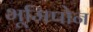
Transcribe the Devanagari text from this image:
भूमिपोन